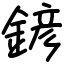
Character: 𨩱